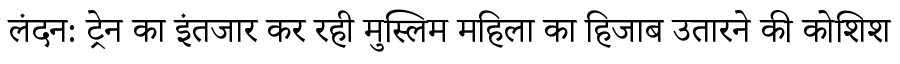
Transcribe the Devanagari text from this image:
लंदन: ट्रेन का इंतजार कर रही मुस्लिम महिला का हिजाब उतारने की कोशिश